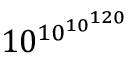
1 0 ^ { 1 0 ^ { 1 0 ^ { 1 2 0 } } }